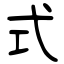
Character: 式